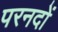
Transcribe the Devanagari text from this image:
परनदों